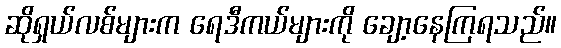
ဆိုရှယ်လစ်များက ရေဒီကယ်များကို ချော့နေကြရသည်။